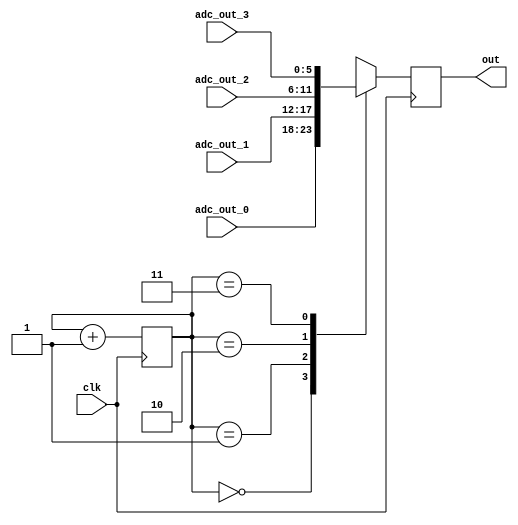
//Verilog HDL for "verilog", "mux" "verilog"
module mux (adc_out_0,adc_out_1,adc_out_2,adc_out_3,clk,out );
   input [5:0] adc_out_0;
   input [5:0] adc_out_1;
   input [5:0] adc_out_2;
   input [5:0] adc_out_3;
   input clk;
   output [5:0] out;
   reg [5:0] 	out;
   reg [1:0] cnt;
      initial begin
cnt=2'b00;
end

   always @(posedge clk) begin
      cnt <= cnt+ 2'b01;
      case(cnt)
	2'b00 : out <= adc_out_0;
	2'b01 : out <= adc_out_1;
	2'b10 : out <= adc_out_2;
	2'b11 : out <= adc_out_3;
	
      endcase
   end
   
endmodule